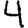
Digit: 4